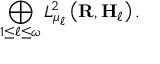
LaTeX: \bigoplus _ { 1 \leq \ell \leq \omega } L _ { \mu _ { \ell } } ^ { 2 } \left( \mathbf { R } , \mathbf { H } _ { \ell } \right) .